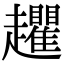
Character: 𧾱